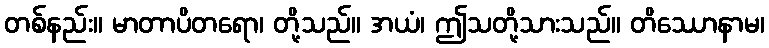
တစ်နည်း။ မာတာပိတရော၊ တို့သည်။ အယံ၊ ဤသတို့သားသည်။ တိဿောနာမ၊